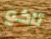
تاكو